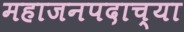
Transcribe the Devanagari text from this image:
महाजनपदाच्या